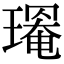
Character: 𤩃